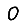
Digit: 0